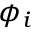
\phi _ { i }